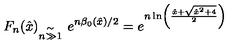
F _ { n } ( \hat { x } ) { } _ { \stackrel { \mathrm { \Large \sim } } { n \gg 1 } } \ e ^ { n \beta _ { 0 } ( { \hat { x } } ) / 2 } = e ^ { n \ln \left( \frac { { \hat { x } } + \sqrt { { \hat { x } } ^ { 2 } + 4 } } { 2 } \right) }